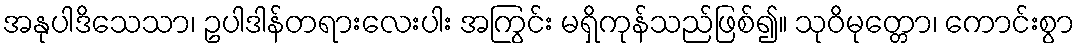
အနုပါဒိသေသာ၊ ဥပါဒါန်တရားလေးပါး အကြွင်း မရှိကုန်သည်ဖြစ်၍။ သုဝိမုတ္တော၊ ကောင်းစွာ